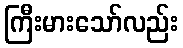
ကြီးမားသော်လည်း